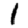
Digit: 1